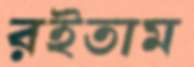
রইতাম